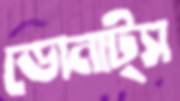
ডোনাট্স